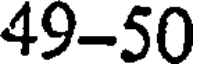
49-50